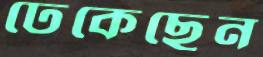
ঢেকেছেন